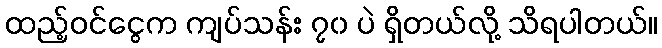
ထည့်ဝင်ငွေက ကျပ်သန်း ၇၀ ပဲ ရှိတယ်လို့ သိရပါတယ်။